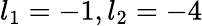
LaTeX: l_{1}=-1,l_{2}=-4